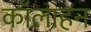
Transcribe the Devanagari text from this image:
कॉलाहन